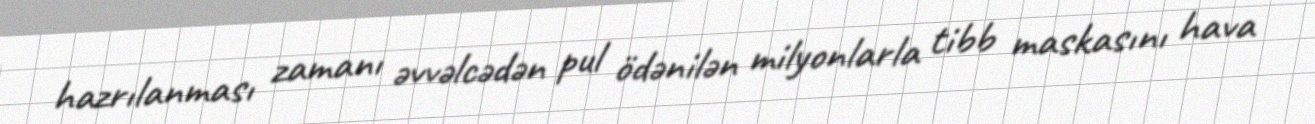
hazrılanması zamanı əvvəlcədən pul ödənilən milyonlarla tibb maskasını hava